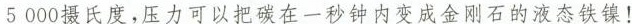
5000摄氏度，压力可以把碳在一秒钟内标称金刚石的液态铁镍!